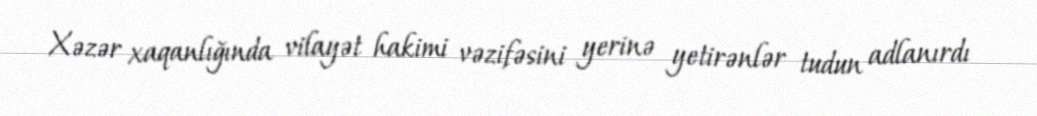
Xəzər xaqanlığında vilayət hakimi vəzifəsini yerinə yetirənlər tudun adlanırdı